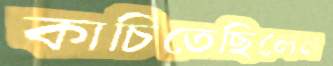
কাচিতেছিলেন